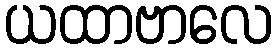
ယထာဗာလေ